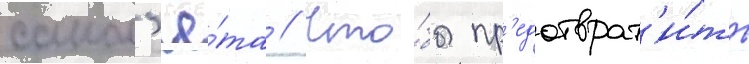
самол'ё́та // Что́бы пр'едотврат'и́ть